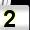
Digit: 2